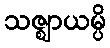
သဇ္ဈာယမ္ပိ